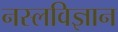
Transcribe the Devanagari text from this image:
नस्लविज्ञान